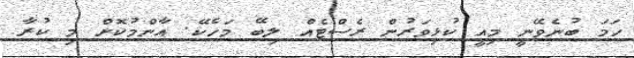
ހަމަ ބުނެވޭނީ މިއީ ކުޅިވަރުން ރެސްޓެއް ލިބޭ މަހެކޭ. އާންމުކޮށް މި ކުރާ